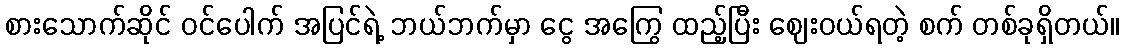
စားသောက်ဆိုင် ဝင်ပေါက် အပြင်ရဲ့ ဘယ်ဘက်မှာ ငွေ အကြွေ ထည့်ပြီး ဈေးဝယ်ရတဲ့ စက် တစ်ခုရှိတယ်။